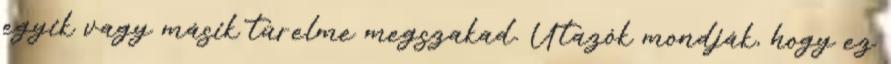
egyik vagy másik türelme megszakad. Utazók mondják, hogy ez